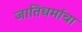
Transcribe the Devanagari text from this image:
जातिधर्माचा